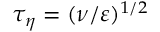
\tau _ { \eta } = ( \nu / \varepsilon ) ^ { 1 / 2 }